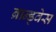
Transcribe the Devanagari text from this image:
ब्रान्ड्वेस